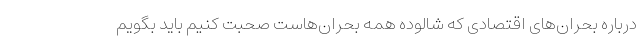
درباره بحران‌های اقتصادی که شالوده همه بحران‌هاست صحبت کنیم باید بگویم